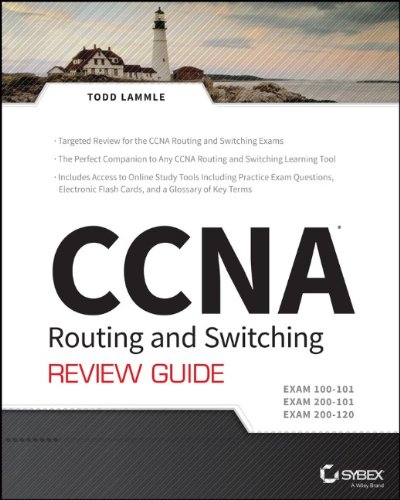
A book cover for CCNA Routing and Switching Review Guide: Exams 100-101, 200-101, and 200-120; Todd Lammle; Computers & Technology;